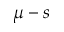
\mu - s